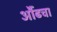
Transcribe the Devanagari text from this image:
औंढचा